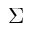
\Sigma